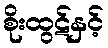
စိုးထွဋ်နှင့်